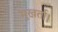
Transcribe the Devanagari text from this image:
मूखर्ता।